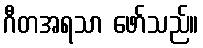
ဂီတအရသာ ဖော်သည်။